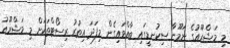
މި މަޝްރޫއުގެ ނަމޫނާ ސިކުނޑީގައި ބާއްވައިގެން މިފަދަ އިތުރު ރިސޯޓްތަކަށް މި މަޝްރޫއު